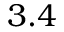
3 . 4